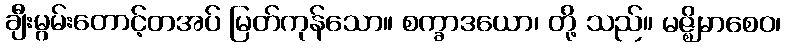
ချီးမွမ်းတောင့်တအပ် မြတ်ကုန်သော။ စက္ခာဒယော၊ တို့ သည်။ မဇ္ဈိမာစေဝ၊